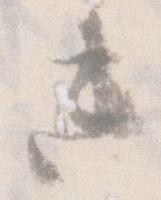
き